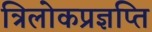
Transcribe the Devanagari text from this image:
त्रिलोकप्रज्ञप्ति